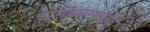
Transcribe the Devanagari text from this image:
रामप्राणप्रिये